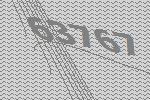
63767